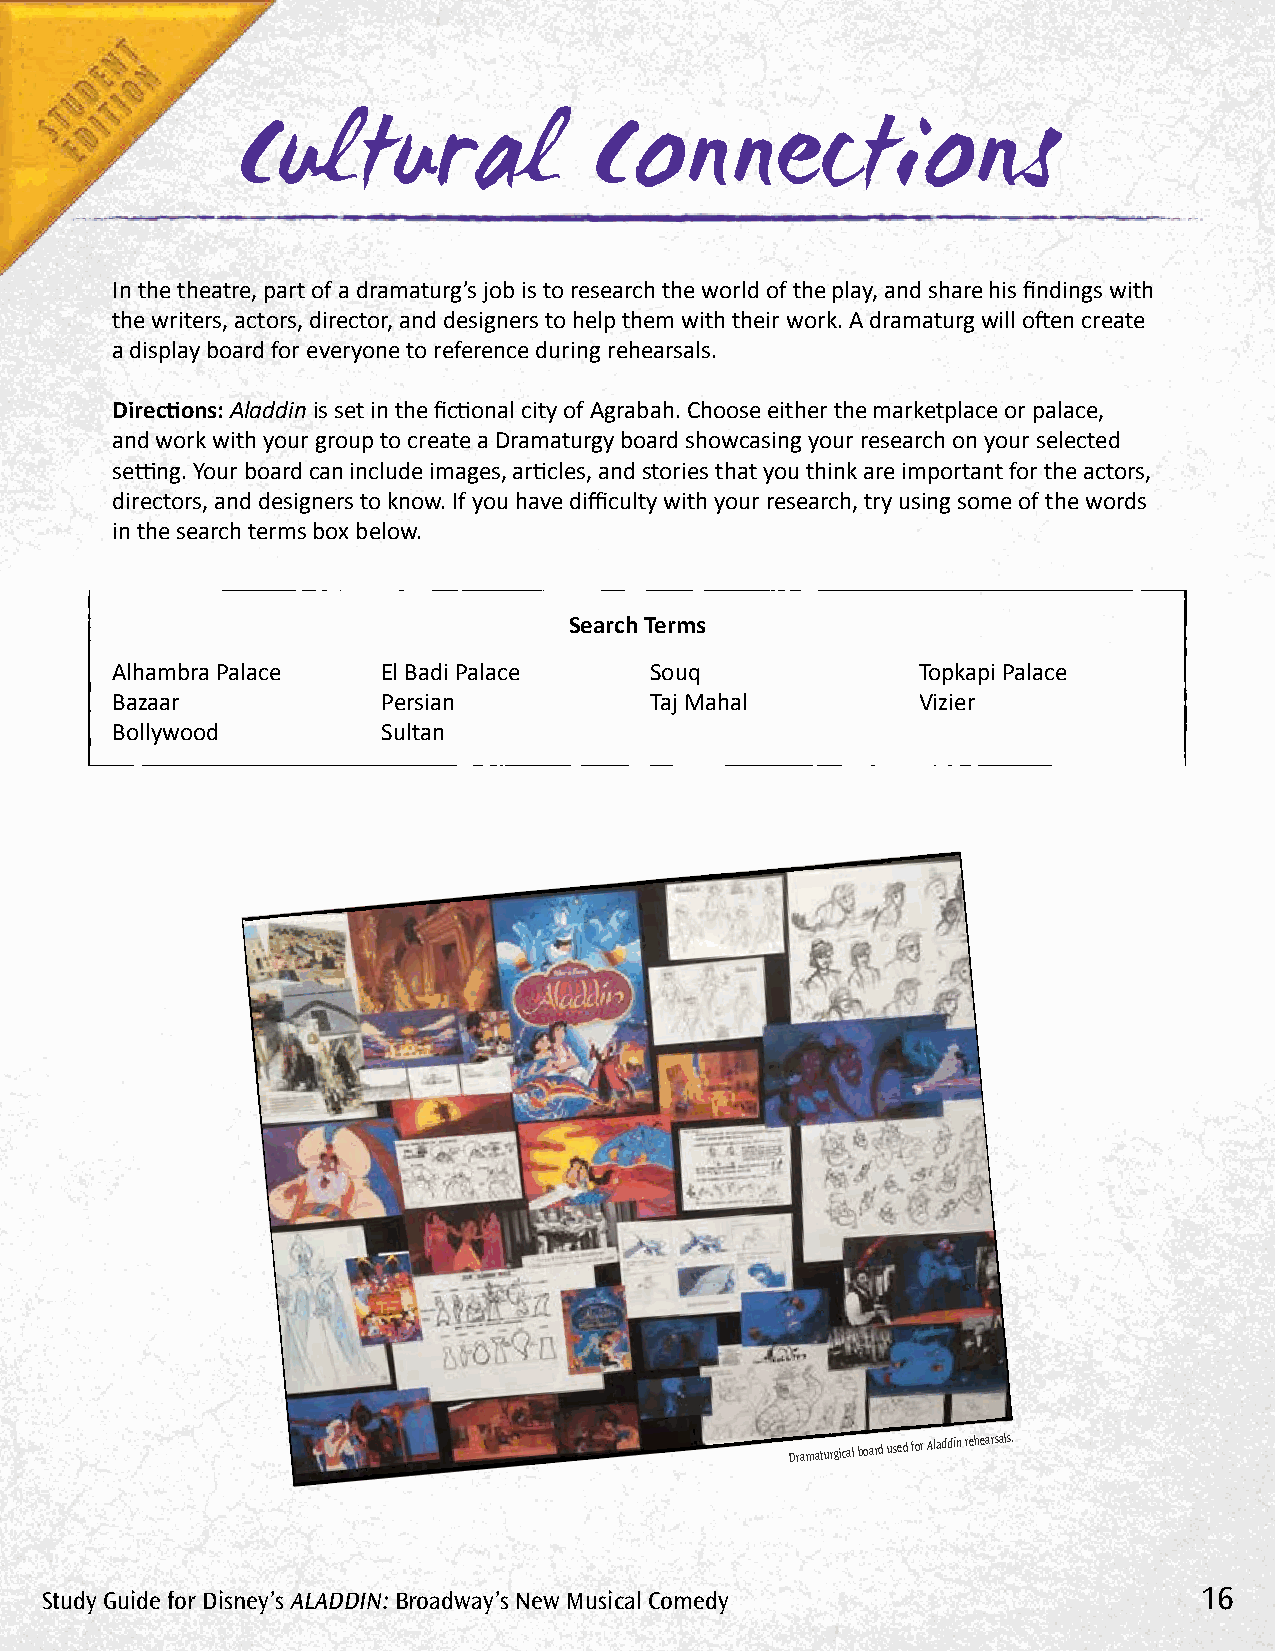
Cultural               Connections
 In the theatre, part of a dramaturg’s job is to research the world of the play, and share his findings with
 the writers, actors, director, and designers to help them with their work. A dramaturg will often create
 a display board for everyone to reference during rehearsals.
 Directions: Aladdin is set in the fictional city of Agrabah. Choose either the marketplace or palace,
 and work with your group to create a Dramaturgy board showcasing your research on your selected
 setting. Your board can include images, articles, and stories that you think are important for the actors,
 directors, and designers to know. If you have difficulty with your research, try using some of the words
 in the search terms box below.
 Search Terms
 Alhambra Palace   El Badi Palace    Souq              Topkapi Palace
 Bazaar            Persian           Taj Mahal         Vizier
 Bollywood         Sultan
 Dramaturgical board used for rehearsals.
 Study Guide for Disney’s AlADDin: Broadway’s new Musical Comedy             16
 niddalA